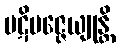
ပဋိပဇ္ဇေယျုန္တိ